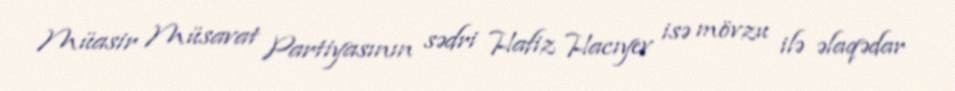
Müasir Müsavat Partiyasının sədri Hafiz Hacıyev isə mövzu ilə əlaqədar